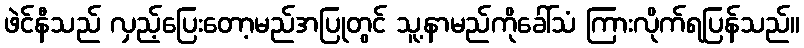
ဖဲင်နီသည် လှည့်ပြေးတော့မည်အပြုတွင် သူ့နာမည်ကိုခေါ်သံ ကြားလိုက်ရပြန်သည်။